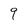
Character: 9